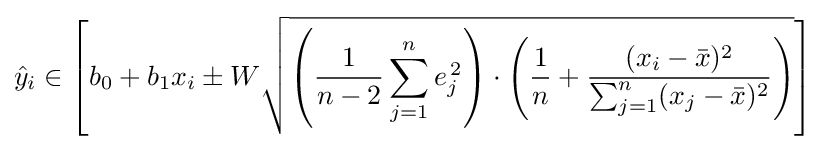
{\hat {y}}_{i}\in \left[b_{0}+b_{1}x_{i}\pm W{\sqrt {\left({\frac {1}{n-2}}\sum _{j=1}^{n}e_{j}^{\,2}\right)\cdot \left({\frac {1}{n}}+{\frac {(x_{i}-{\bar {x}})^{2}}{\sum _{j=1}^{n}(x_{j}-{\bar {x}})^{2}}}\right)}}\right]